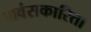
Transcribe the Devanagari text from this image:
मवंसकारिता